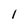
Character: 1